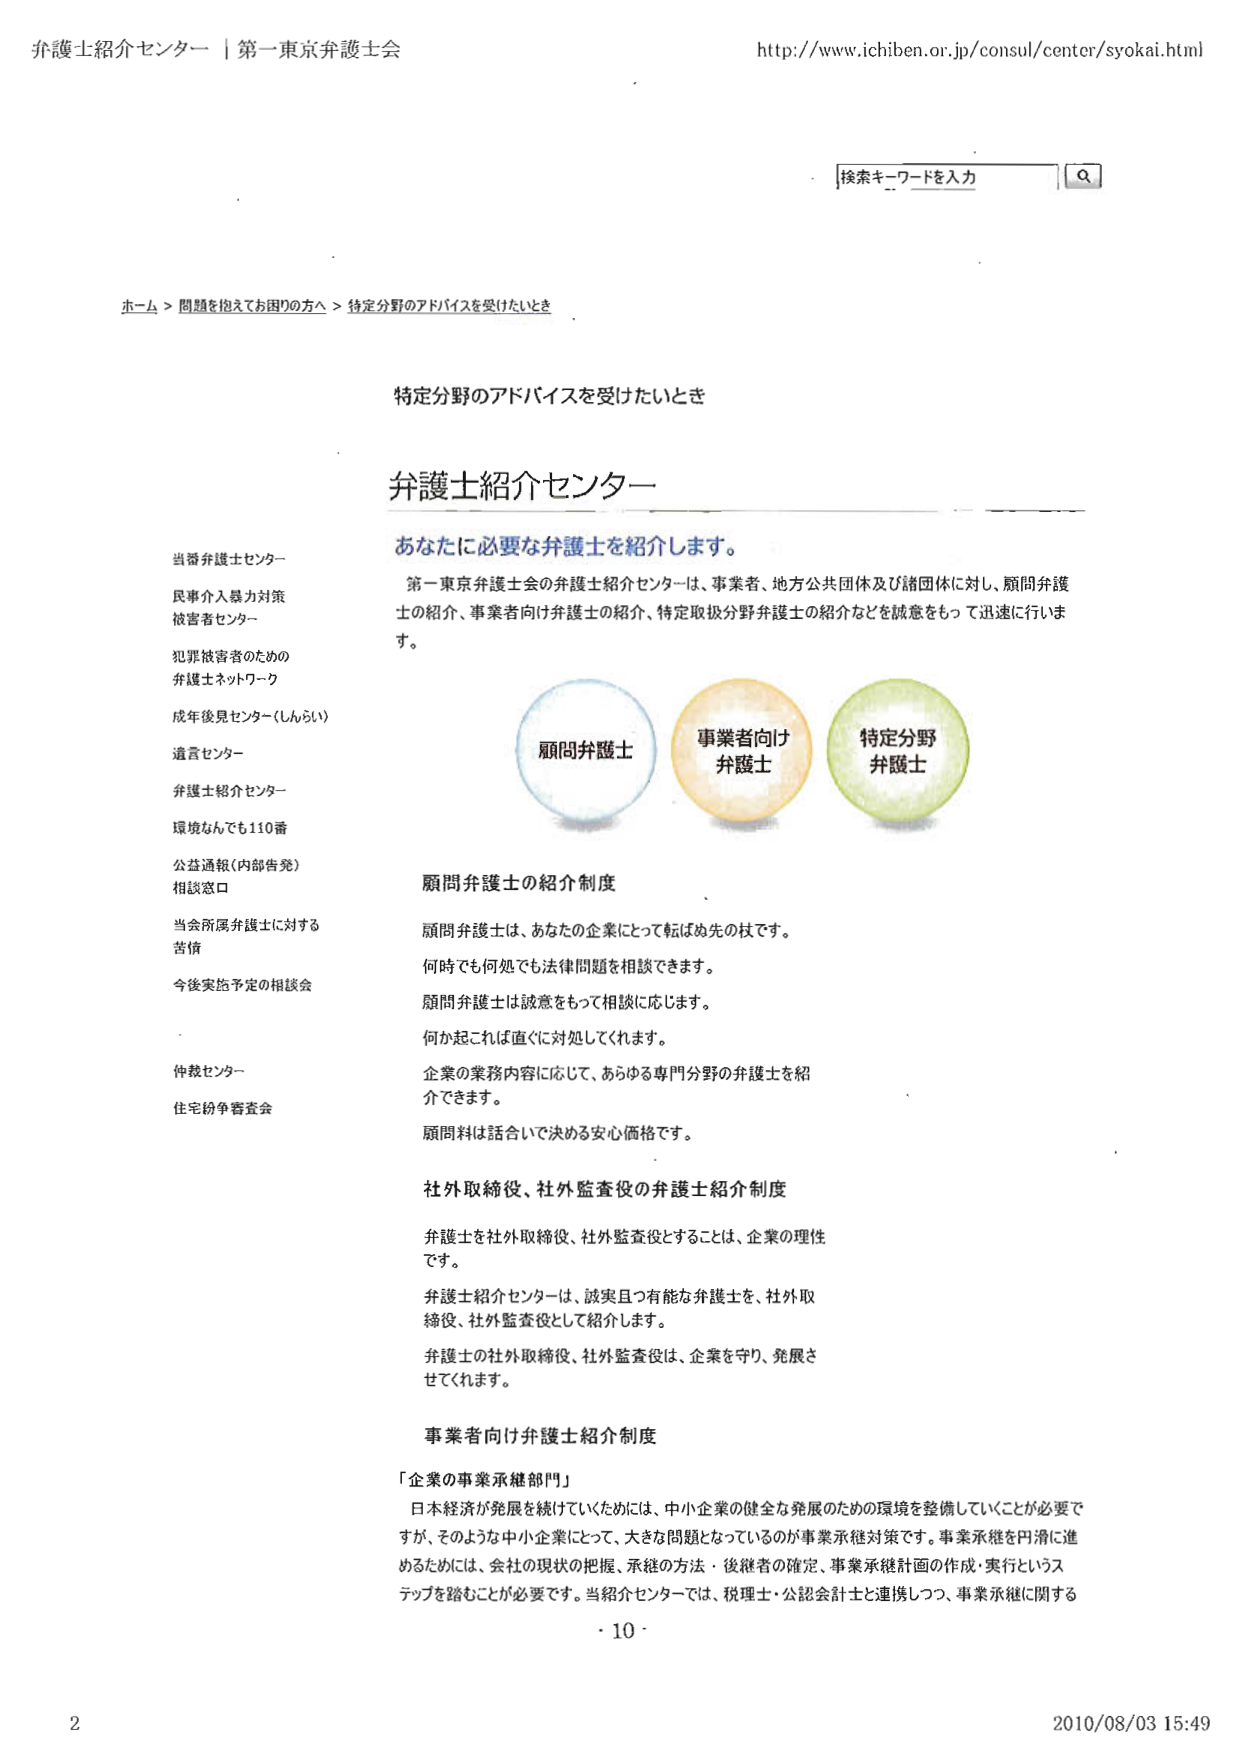
弁護士紹介センター｜第一東京弁護士会
http://www.ichiben.or.jp/consul/center/syokai.html

検索キーワードを入力  Q

ホーム > 問題を抱えてお困りの方へ > 特定分野のアドバイスを受けたいとき

特定分野のアドバイスを受けたいとき

弁護士紹介センター

あなたに必要な弁護士を紹介します。

第一東京弁護士会の弁護士紹介センターは、事業者、地方公共団体及び諸団体に対し、顧問弁護士の紹介、事業者向け弁護士の紹介、特定取扱分野弁護士の紹介などを誠意をもって迅速に行います。

顧問弁護士
事業者向け弁護士
特定分野弁護士

顧問弁護士の紹介制度

顧問弁護士は、あなたの企業にとって転ばぬ先の杖です。
何時でも何処でも法律問題を相談できます。
顧問弁護士は誠意をもって相談に応じます。
何か起これば直ぐに対処してくれます。
企業の業務内容に応じて、あらゆる専門分野の弁護士を紹介できます。
顧問料は話合いで決める安心価格です。

社外取締役、社外監査役の弁護士紹介制度

弁護士を社外取締役、社外監査役とすることは、企業の理性です。
弁護士紹介センターは、誠実且つ有能な弁護士を、社外取締役、社外監査役として紹介します。
弁護士の社外取締役、社外監査役は、企業を守り、発展させてくれます。

事業者向け弁護士紹介制度

「企業の事業承継部門」
日本経済が発展を続けていくためには、中小企業の健全な発展のための環境を整備していくことが必要ですが、そのような中小企業にとって、大きな問題となっているのが事業承継対策です。事業承継を円滑に進めるためには、会社の現状の把握、承継の方法・後継者の確定、事業承継計画の作成・実行というステップを踏むことが必要です。当紹介センターでは、税理士・公認会計士と連携しつつ、事業承継に関する

・10・

当番弁護士センター
民事介入暴力対策被害者センター
犯罪被害者のための弁護士ネットワーク
成年後見センター（しんらい）
遺言センター
弁護士紹介センター
環境なんでも110番
公益通報（内部告発）相談窓口
当会所属弁護士に対する苦情
今後実施予定の相談会

仲裁センター
住宅紛争審査会

2
2010/08/03 15:49